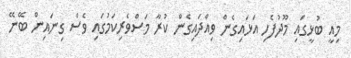
މިއީ ބުޅީގައި މޫދުފެހި އަޅައިގެން ވިއްދައިގެން ކުރާ މަސްވެރިކަމުގައި ވެސް ގިނައިން ބޭނޭ